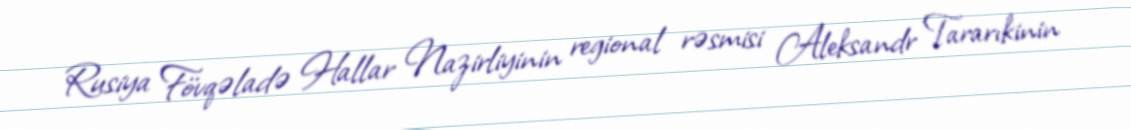
Rusiya Fövqəladə Hallar Nazirliyinin regional rəsmisi Aleksandr Tararıkinin